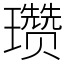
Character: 瓒